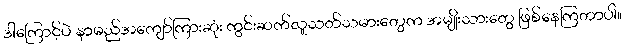
ဒါကြောင့်ပဲ နာမည်အကျော်ကြားဆုံး ကွင်းဆက်လူသတ်သမားတွေက အမျိုးသားတွေ ဖြစ်နေကြတာပါ။